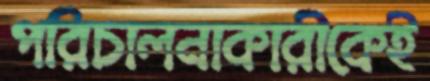
পরিচালনাকারীকেই